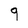
Character: 9